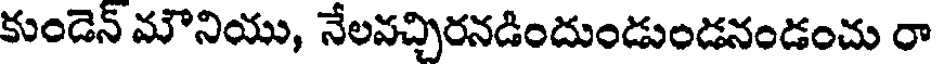
కుండెన్ మౌనియు, నేలవచ్చిరనడిందుండుండనండంచు రా